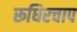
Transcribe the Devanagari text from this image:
रूधिरचाप